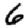
Digit: 6